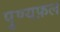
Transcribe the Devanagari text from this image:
पुण्यफ़ल